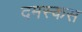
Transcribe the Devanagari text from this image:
दमस्कस